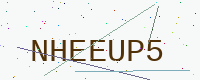
Text: NHEEUP5